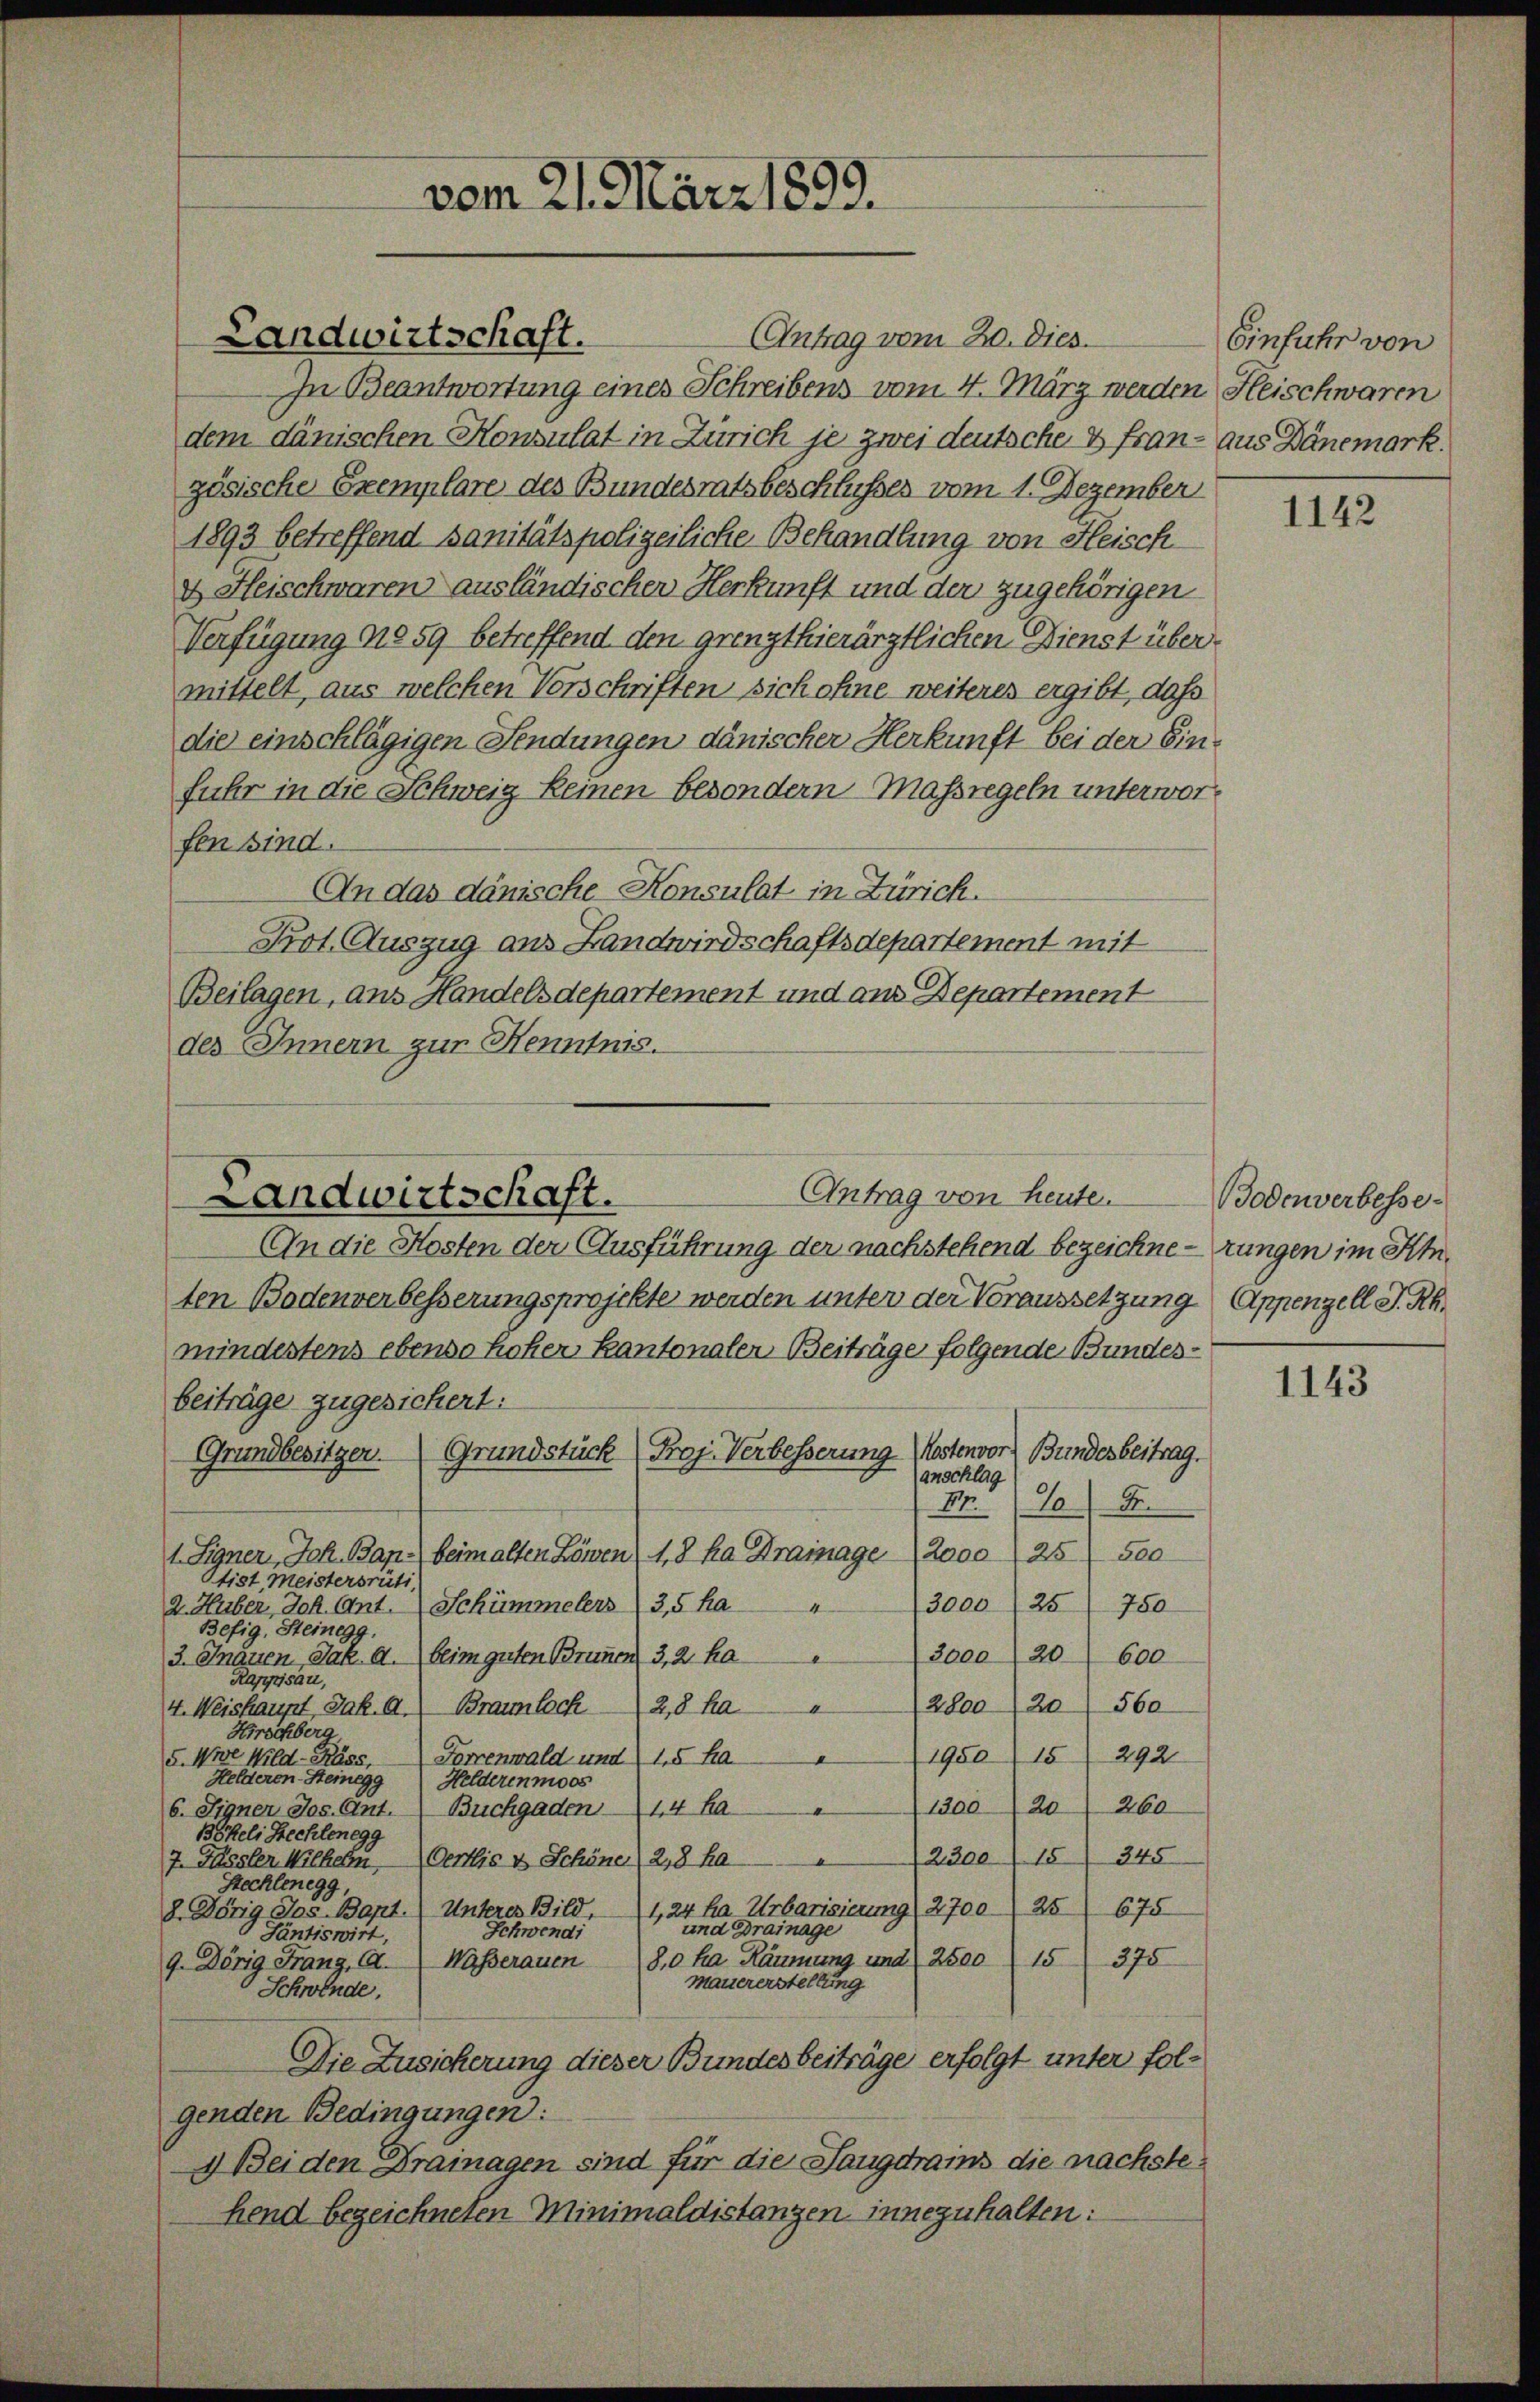
Landwirtschaft.

vom 21. März 1893.

Antrag vom 20. Dies.
In Beantwortung eines Schreibens vom 4. März werden Heischwaren
dem dänischen Konsulat in Zürich je zwei deutsche & Franz aus Dänemark.
zösische Exemplare des Bundesratsbeschlusses vom 1. Dezember
1893 betreffend sanitätspolizeiliche Behandlung von Fleisch
4 Fleischwaren ausländischer Herkunft und der zugehörigen
Verfügung No 59 betreffend den grenzthierärztlichen Dienst übermittelt, aus welchen Vorschriften sich ohne weiteres ergibt, daß
die einschlägigen Fendungen dänischer Herkunft bei der Einfuhr in die Schweig keinen besondern Massregeln unterworfen sind.
An das dänische Konsulat in Zürich.
Prot. Auszug aus Landwirdschaftsdepartement mit
Beilagen, aus Handelsdepartement und aus Departement
des Innern zur Henntnis.

Antrag von heute.
Landwirtschaft.

An die Kosten der Ausführung der nachstehend bezeichnerungen im Amten Bodenverbesserungsprojekte werden unter der Voraussetzung Appenzell I.Rh.
mindestens ebenso hoher Kantonalen Beiträge folgende Bundesbeiträge zugesichert:
Grundbesitzer. Grundstück Prof. Verbesserung Kostenvor Bundesbeitrag.
(anschlag
I.
25.
1. Signer, Joh. Bap) beim alten Löwen (1,8 ha Drainage 2000 125 500
Stist meistersrüti.
3000/25/ 750
4
2. Huber, Joh. Ant. Schümmelers 3,5 ha
Befig, Steinegg,
3000/20 600
3. Jänen, Jak. a. beim guten Brunnen 3, 2. ha
Rappisau,
4. Weishaupt Jak. A.) Braunloch 2,8 ha 2800 (20560
Hirschberg
1950 15 292
Forrenwald und 15 ha
5. Wie Wild-Räss,
Helderen Steinegg
Helderenmoos
1300/20 260
d
6. Signer Jos. Ant. Buchgaden 14 Ka
Böfeli Hechlenegg
2300/15) 345
7. Fässler Wilherrn Oertlis & Schöne, 2,8 ha
Stechlenegg,
1,24 ha Urbarisierung (270025 675
2. Dörig Jos. Bapt.) Unteres Bild,
und Drainage
Schwendi
Pantiswirt,
8.0 ha Räumung und 2500 (15375
9. Dörig Franz, A. Wasserauen
mauererstellung
Schwende,
Die Zusicherung dieser Bundesbeiträge erfolgt unter folgenden Bedingungen:
1) Bei den Drainagen sind für die Langdrains die nachstehend bezeichneten Minimaldistanzen innezuhalten:

Einfuhr von

1142

Bodenverbesse

1143